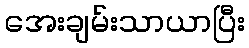
အေးချမ်းသာယာပြီး